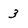
Character: 3